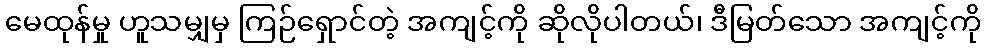
မေထုန်မှု ဟူသမျှမှ ကြဉ်ရှောင်တဲ့ အကျင့်ကို ဆိုလိုပါတယ်၊ ဒီမြတ်သော အကျင့်ကို